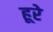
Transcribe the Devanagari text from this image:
हूरे